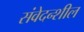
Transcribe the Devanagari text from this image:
संवेदन्शील